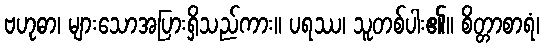
ဗဟုဓာ၊ များသောအပြားရှိသည်ကား။ ပရဿ၊ သူတစ်ပါး၏။ စိတ္တာစာရံ၊